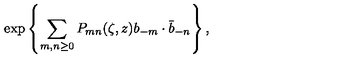
\exp \left\{ \sum _ { m , n \geq 0 } P _ { m n } ( \zeta , z ) b _ { - m } \cdot \bar { b } _ { - n } \right\} ,